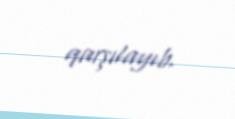
qarşılayıb.